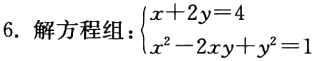
6. 解方程组：\(\begin{cases}x + 2y = 4 \\x^{2}-2xy + y^{2}=1\end{cases}\)